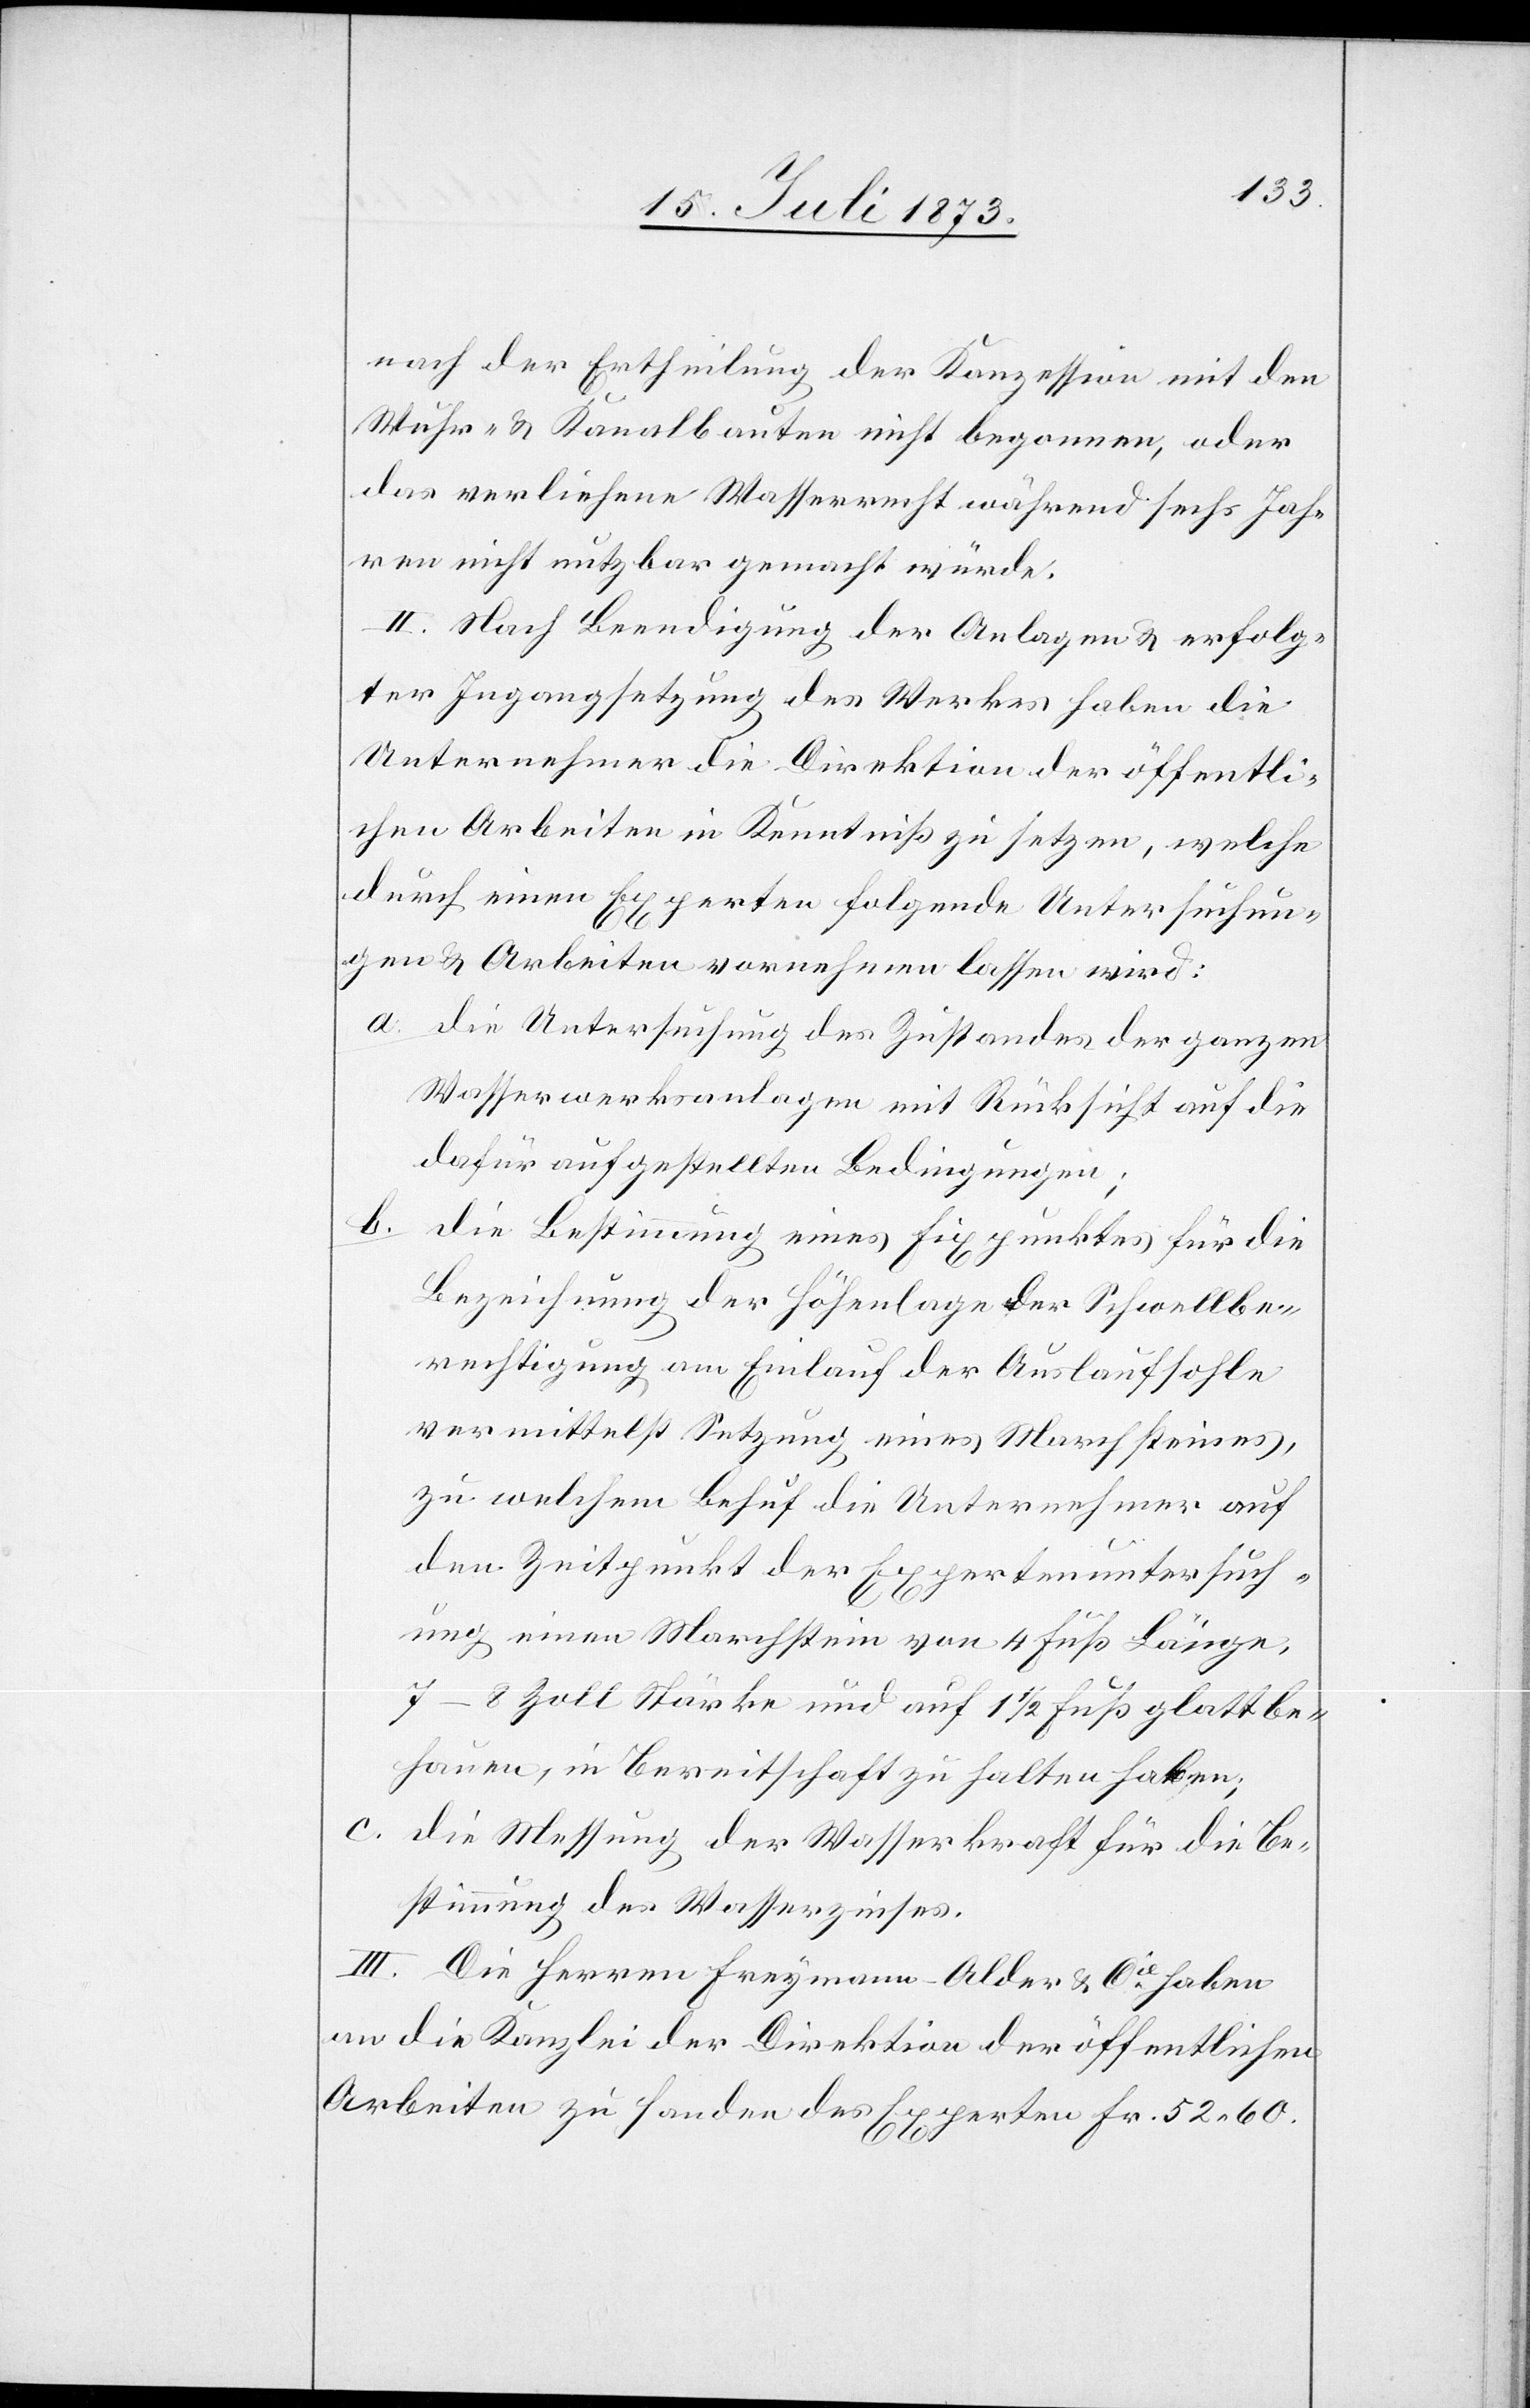
nach der Ertheilung der Konzession mit den
Wuhr- & Kanalbauten nicht begonnen, oder
das verliehene Wasserrecht während sechs Jah¬
ren nicht nutzbar gemacht würde.
II. Nach Beendigung der Anlagen & erfolg¬
ter Ingangsetzung des Werkes haben die
Unternehmer die Direktion der öffentli¬
chen Arbeiten in Kenntniß zu setzen, welche
durch einen Experten folgende Untersuchun¬
gen & Arbeiten vornehmen lassen wird:
a. die Untersuchung des Zustandes der ganzen
Wasserwerksanlagen mit Rücksicht auf die
dafür aufgestellten Bedingungen;
b.
die Bestimmung eines Fixpunktes für die
Bezeichnung der Höhenlage der Schwellbe¬
rechtigung am Einlauf der Auslaufsohle
vermittelst Setzung eines Marchsteines,
zu welchem Behuf die Unternehmer auf
den Zeitpunkt der Expertenuntersuch¬
ung einen Marchstein von 4 Fuß Länge,
7–8 Zoll Stärke und auf 1 1/2 Fuß glattbe¬
hauen, in Bereitschaft zu halten haben;
c. die Messung der Wasserkraft für die Be¬
stimmung des Wasserzinses.
III. Die Herren Freymann-Alder & Cie haben
an die Kanzlei der Direktion der öffentlichen
Arbeiten zu Handen des Experten Fr. 52 60.